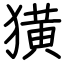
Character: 獚